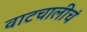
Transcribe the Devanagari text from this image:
वाटचालीचं